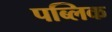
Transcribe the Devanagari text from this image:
पब्‍लिक